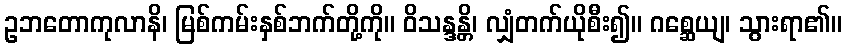
ဥဘတောကုလာနိ၊ မြစ်ကမ်းနှစ်ဘက်တို့ကို။ ဝိသန္ဒန္တိ၊ လျှံတက်ယိုစီး၍။ ဂစ္ဆေယျ၊ သွားရာ၏။